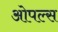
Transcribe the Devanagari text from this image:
ओपल्स